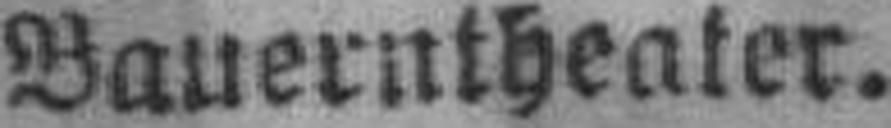
Bauerntheater.